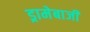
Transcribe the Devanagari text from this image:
ड्रामेबाजी